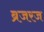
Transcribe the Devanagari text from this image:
ब्रजरज